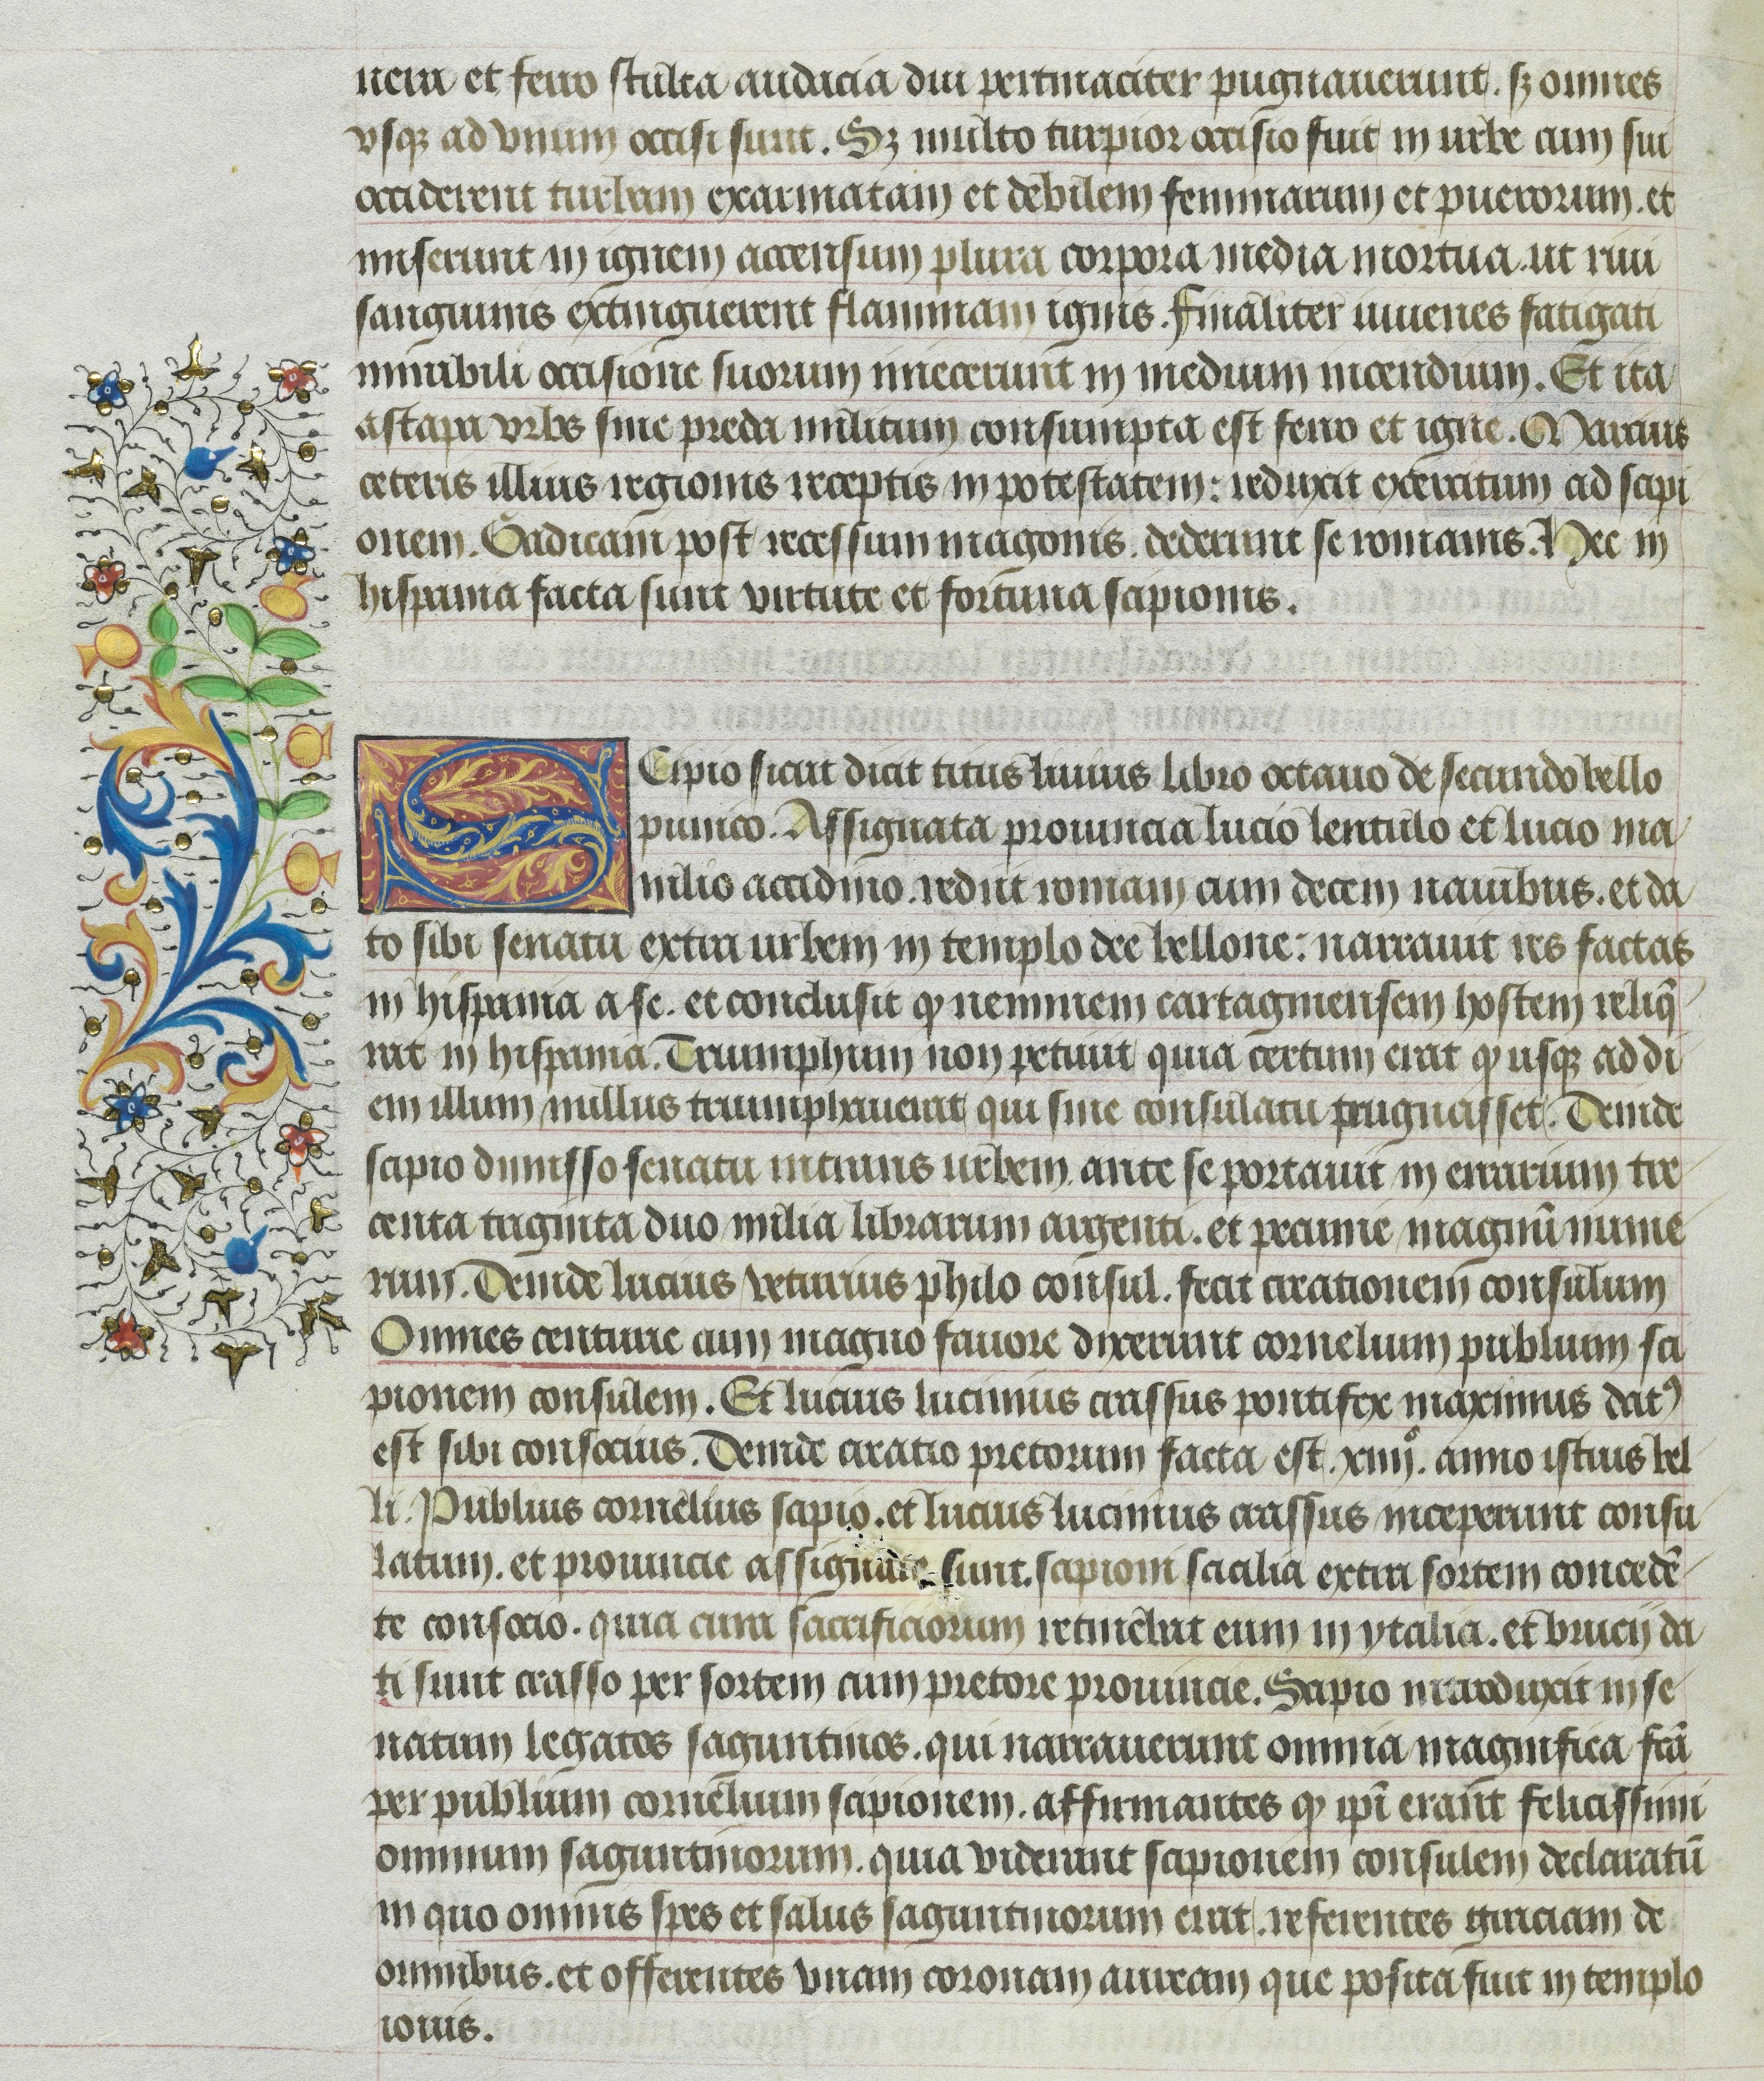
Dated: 1400–1499